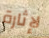
لإثارة